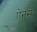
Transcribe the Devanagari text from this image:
ऐनस